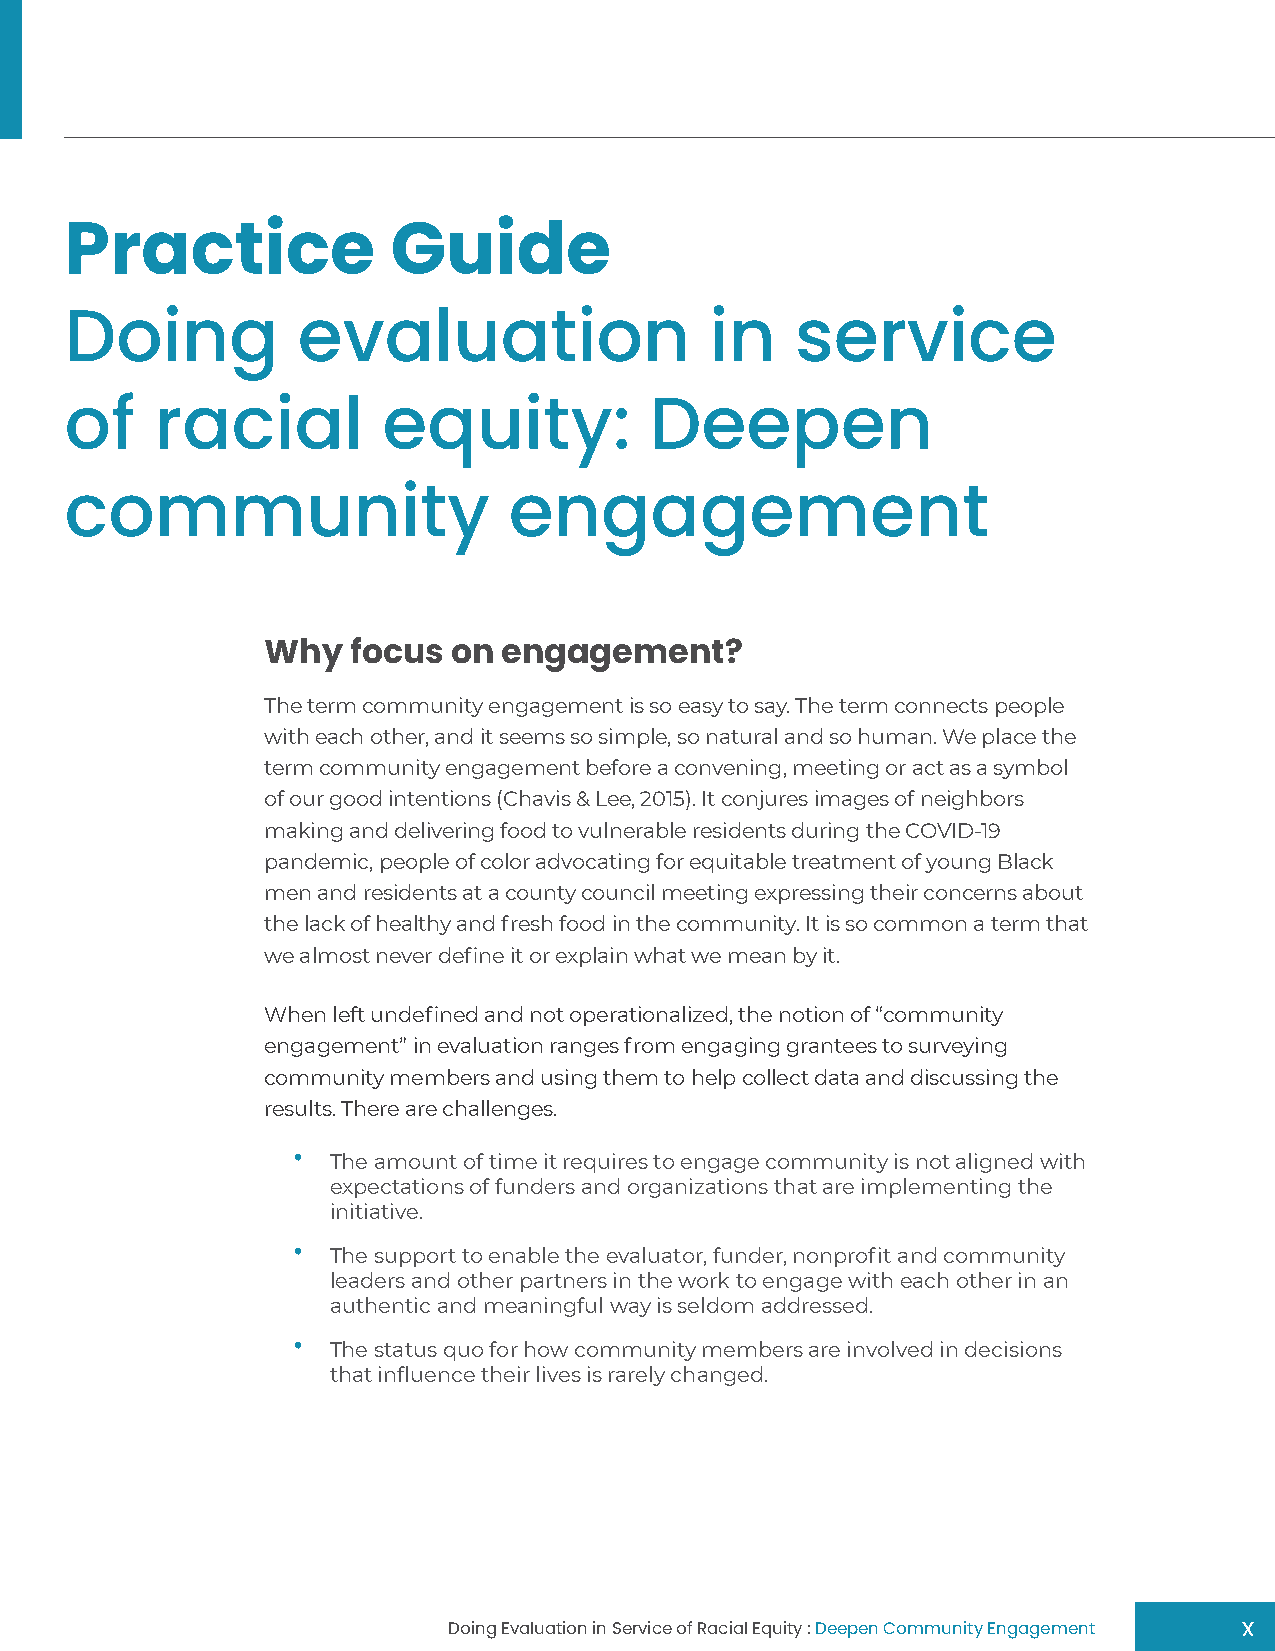
Practice              Guide
 Doing           evaluation                 in    service
 of    racial         equity:           Deepen
 community                     engagement
 Why   focus  on engagement?
 The term community engagement is so easy to say. The term connects people
 with each other, and it seems so simple, so natural and so human. We place the
 term community engagement before a convening, meeting or act as a symbol
 of our good intentions (Chavis & Lee, 2015). It conjures images of neighbors
 making and delivering food to vulnerable residents during the COVID-19
 pandemic, people of color advocating for equitable treatment of young Black
 men and residents at a county council meeting expressing their concerns about
 the lack of healthy and fresh food in the community. It is so common a term that
 we almost never define it or explain what we mean by it.
 When left undefined and not operationalized, the notion of “community
 engagement” in evaluation ranges from engaging grantees to surveying
 community members and using them to help collect data and discussing the
 results. There are challenges.
 •
 The amount of time it requires to engage community is not aligned with
 expectations of funders and organizations that are implementing the
 initiative.
 •
 The support to enable the evaluator, funder, nonprofit and community
 leaders and other partners in the work to engage with each other in an
 authentic and meaningful way is seldom addressed.
 •
 The status quo for how community members are involved in decisions
 that influence their lives is rarely changed.
 Doing Evaluation in Service of Racial Equity : Deepen Community Engagement x